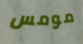
مومس